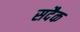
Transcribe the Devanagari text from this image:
सदैक